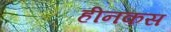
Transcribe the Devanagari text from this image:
हीनकस